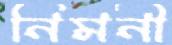
নিমনী